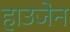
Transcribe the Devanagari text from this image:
हाउजेन